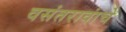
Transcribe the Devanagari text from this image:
वसंतरावांचे